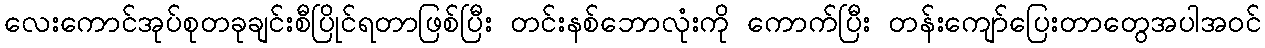
လေးကောင်အုပ်စုတခုချင်းစီပြိုင်ရတာဖြစ်ပြီး တင်းနစ်ဘောလုံးကို ကောက်ပြီး တန်းကျော်ပြေးတာတွေအပါအဝင်